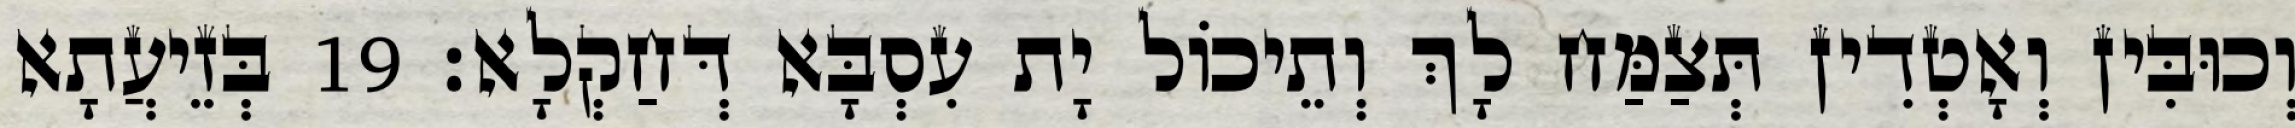
וְכוּבִּין וְאָטְדִין תְּצַמַּח לָךְ וְתֵיכוֹל יָת עִסְבָּא דְּחַקְלָא׃ 19 בְּזֵיעֲתָא